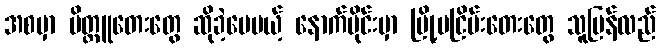
အစမှာ မိတ္တူတေးတွေ ဆိုခဲ့ပေမယ့် နောက်ပိုင်းမှာ မြို့မငြိမ်းတေးတွေ သူပြန်လည်